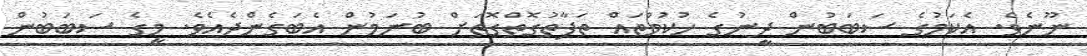
ނޫނެވެ. އެކަމުގެ ސަބަބުން ދީނުގެ ހުކުމްތައް ތަފާތުގޮތްގޮތަށް ބުނަމުން އެބަގެންދެއެވެ. މީގެ ސަބަބުން